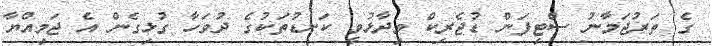
ގެ ތަރުޖަމާނު ސްޓިފަން ޑުޖެރިކް ވިދާޅުވީ ކަނޑުތަކުގެ ދުވަހާ ގުޅިގެން އެ ޖަމިއްޔާ